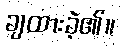
ချထားခဲ့၏။